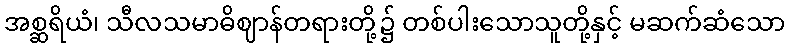
အစ္ဆရိယံ၊ သီလသမာဓိဈာန်တရားတို့၌ တစ်ပါးသောသူတို့နှင့် မဆက်ဆံသော